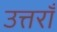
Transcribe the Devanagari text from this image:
उत्तराँ